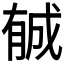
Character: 𣎉